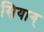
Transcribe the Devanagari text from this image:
सियाग्